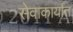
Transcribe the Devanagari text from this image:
सेवाकार्यात